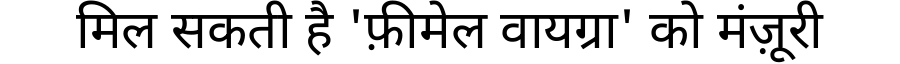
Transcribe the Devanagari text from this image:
मिल सकती है 'फ़ीमेल वायग्रा' को मंज़ूरी